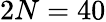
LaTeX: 2N=40